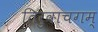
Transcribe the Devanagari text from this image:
तिरुवाचगम्‌